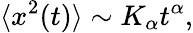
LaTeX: \langle x^{2}(t)\rangle\sim K_{\alpha}t^{\alpha},